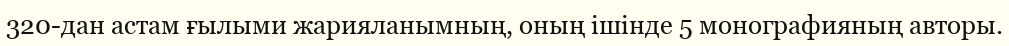
320-дан астам ғылыми жарияланымның, оның ішінде 5 монографияның авторы.